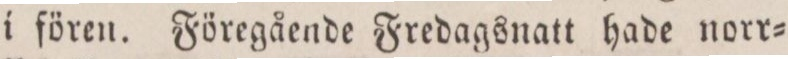
i fören. Föregående Fredagsnatt hade norr=